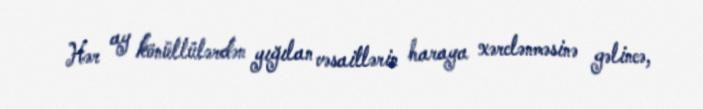
Hər ay könüllülərdən yığılan vəsaitlərin haraya xərclənməsinə gəlincə,